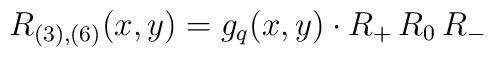
R_{(3),(6)}(x,y)=g_q(x,y)\cdot R_+\,R_0\,R_-